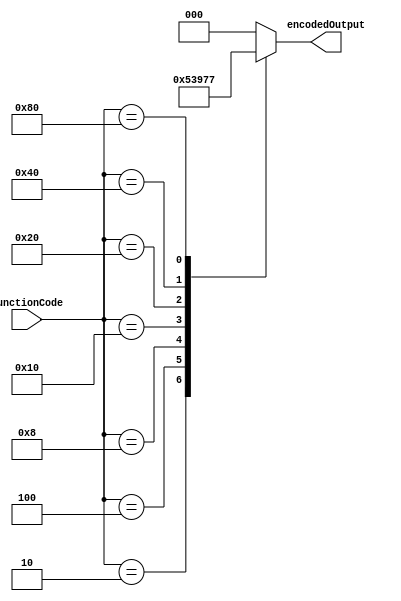
//8-bit function code of the operation to be performed in the instruction is given as
//input to the encoder, encoder encodes the function code and outputs the
//corresponding 3-bit op-code

module encoder_8to3(functionCode, encodedOutput);
    input [7: 0] functionCode;
    output reg [2: 0] encodedOutput;

    always @ (*)
    begin
        case(functionCode)
            8'b00000000: encodedOutput = 3'd0;
            8'b00000010: encodedOutput = 3'd1;
            8'b00000100: encodedOutput = 3'd2;
            8'b00001000: encodedOutput = 3'd3;
            8'b00010000: encodedOutput = 3'd4;
            8'b00100000: encodedOutput = 3'd5;
            8'b01000000: encodedOutput = 3'd6;
            8'b10000000: encodedOutput = 3'd7;
            default: encodedOutput = 3'd0;
        endcase
    end
endmodule